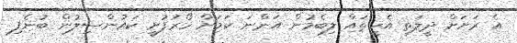
އެ ރަށަށް ދީލަތި އެހީތައް ލިބެމުން އަންނަ ކަމަށް ހޯރަފުށީ ކައުންސިލުން ބުނެފި